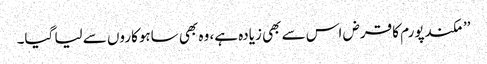
’’مکندپورم کا قرض اس سے بھی زیادہ ہے، وہ بھی ساہوکاروں سے لیا گیا۔